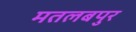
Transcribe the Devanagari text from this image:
मतलबपुर